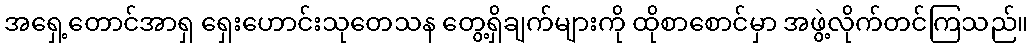
အရှေ့တောင်အာရှ ရှေးဟောင်းသုတေသန တွေ့ရှိချက်များကို ထိုစာစောင်မှာ အဖွဲ့လိုက်တင်ကြသည်။